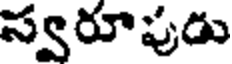
స్వరూపుడు